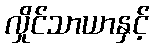
လှိုင်သာယာနှင့်